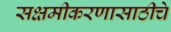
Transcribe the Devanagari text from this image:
सक्षमीकरणासाठीचे